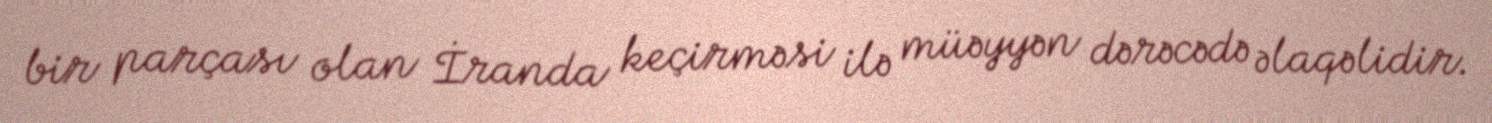
bir parçası olan İranda keçirməsi ilə müəyyən dərəcədə əlaqəlidir.